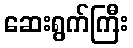
ဆေးရွက်ကြီး